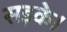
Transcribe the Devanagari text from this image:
सड़के।